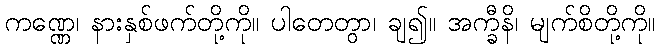
ကဏ္ဏေ၊ နားနှစ်ဖက်တို့ကို။ ပါတေတွာ၊ ချ၍။ အက္ခီနိ၊ မျက်စိတို့ကို။